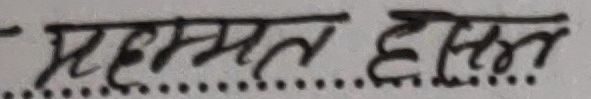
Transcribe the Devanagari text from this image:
महम्मत हसन